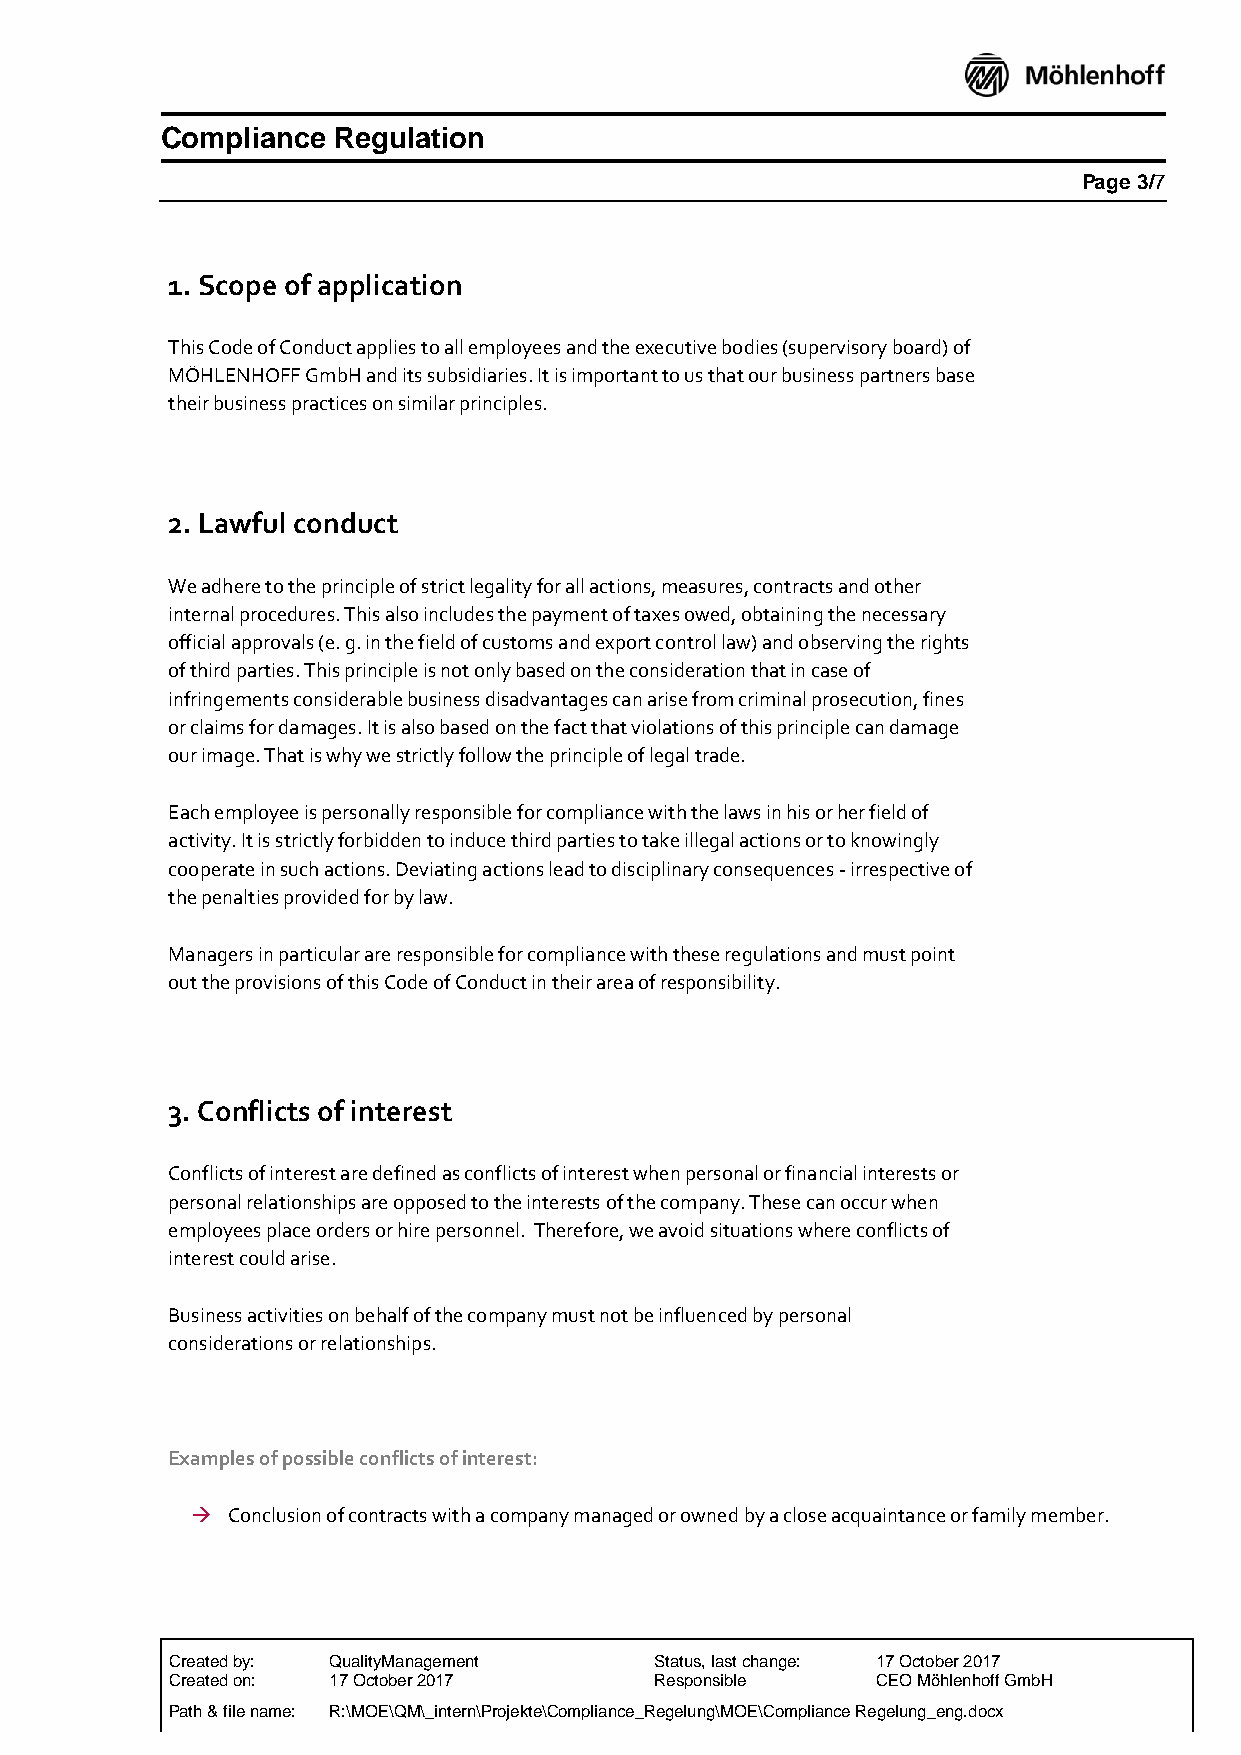
Compliance Regulation
 Page 3/7
 1. Scope of application
 This Code of Conduct applies to all employees and the executive bodies (supervisory board) of
 MÖHLENHOFF GmbH and its subsidiaries. It is important to us that our business partners base
 their business practices on similar principles.
 2. Lawful conduct
 We adhere to the principle of strict legality for all actions, measures, contracts and other
 internal procedures. This also includes the payment of taxes owed, obtaining the necessary
 official approvals (e. g. in the field of customs and export control law) and observing the rights
 of third parties. This principle is not only based on the consideration that in case of
 infringements considerable business disadvantages can arise from criminal prosecution, fines
 or claims for damages. It is also based on the fact that violations of this principle can damage
 our image. That is why we strictly follow the principle of legal trade.
 Each employee is personally responsible for compliance with the laws in his or her field of
 activity. It is strictly forbidden to induce third parties to take illegal actions or to knowingly
 cooperate in such actions. Deviating actions lead to disciplinary consequences - irrespective of
 the penalties provided for by law.
 Managers in particular are responsible for compliance with these regulations and must point
 out the provisions of this Code of Conduct in their area of responsibility.
 3. Conflicts of interest
 Conflicts of interest are defined as conflicts of interest when personal or financial interests or
 personal relationships are opposed to the interests of the company. These can occur when
 employees place orders or hire personnel. Therefore, we avoid situations where conflicts of
 interest could arise.
 Business activities on behalf of the company must not be influenced by personal
 considerations or relationships.
 Examples of possible conflicts of interest:
  Conclusion of contracts with a company managed or owned by a close acquaintance or family member.
 Created by: QualityManagement   Status, last change: 17 October 2017
 Created on: 17 October 2017     Responsible    CEO Möhlenhoff GmbH
 Path & file name: R:\MOE\QM\_intern\Projekte\Compliance_Regelung\MOE\Compliance Regelung_eng.docx